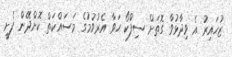
ޒުހައިރު އެ ވިދާޅުވާ ގޮތަށް ސިފްކޯ ހަވާ އެރުވުމުގެ މަސައްކަތް ކޮށްދޭން ފެށީ